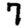
Digit: 7